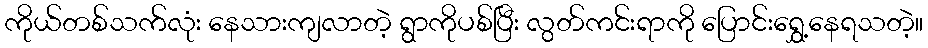
ကိုယ်တစ်သက်လုံး နေသားကျလာတဲ့ ရွာကိုပစ်ပြီး လွတ်ကင်းရာကို ပြောင်းရွှေ့နေရသတဲ့။